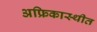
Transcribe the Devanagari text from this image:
अफ्रिकास्थीत